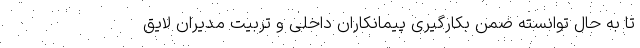
تا به حال توانسته ضمن بکارگیری پیمانکاران داخلی و تربیت مدیران لایق